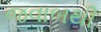
જવાબથી